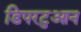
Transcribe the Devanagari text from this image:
डिपरटुआन